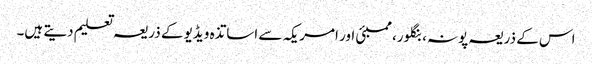
اس کے ذریعہ پونہ، بنگلور، ممبئی اور امریکہ سے اساتذہ ویڈیو کے ذریعہ تعلیم دیتے ہیں۔